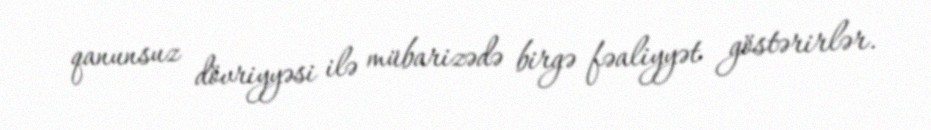
qanunsuz dövriyyəsi ilə mübarizədə birgə fəaliyyət göstərirlər.